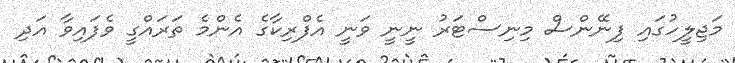
މަޖިލީހުގައި ފިނޭންސް މިނިސްޓަރު ނީނީ ވަނީ އެފްރިކާގެ އެންމެ ތަރައްގީ ވެފައިވާ އަދި